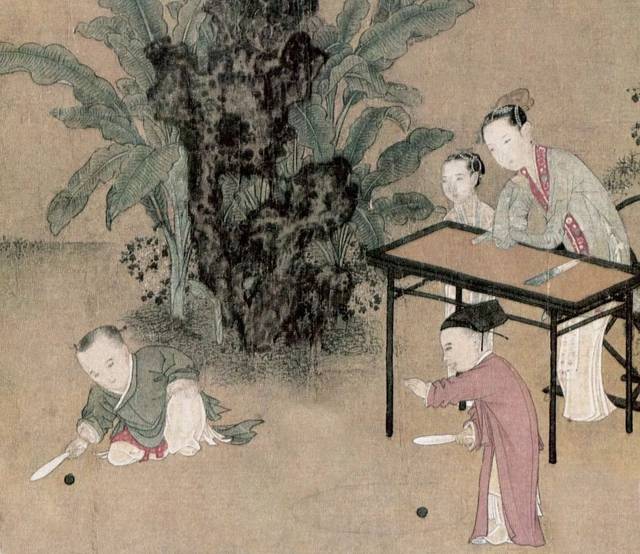
阴晴圆缺都休说，且喜人间好时节。